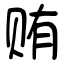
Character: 贿